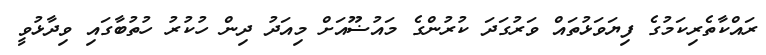
ރައްކާތެރިކަމުގެ ފިޔަވަޅުތައް ވަރުގަދަ ކުރުންގެ މައުޟޫއަށް މިއަދު ދިން ހުކުރު ހުތުބާގައި ވިދާޅުވީ